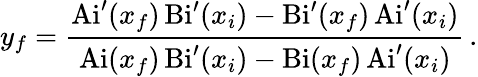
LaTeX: y_{f}=\frac{\mathrm{Ai}^{\prime}(x_{f})\, \mathrm{Bi}^{\prime}(x_{i})-\mathrm{Bi}^{\prime}(x_{f})\, \mathrm{Ai}^{\prime}(x_{i})}{\mathrm{Ai}(x_{f})\, \mathrm{Bi}^{\prime}(x_{i})-\mathrm{Bi}(x_{f})\, \mathrm{Ai}^{\prime}(x_{i})}\, .